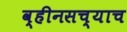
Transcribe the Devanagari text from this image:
व्हीनसच्याच